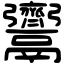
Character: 𩱳